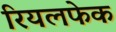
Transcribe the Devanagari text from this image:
रियलफेक